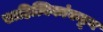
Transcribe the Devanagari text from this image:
साहित्यिकांकडून